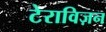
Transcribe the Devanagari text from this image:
टेराविज़न